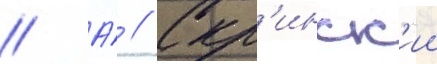
// А́ // Скр'инск'ии